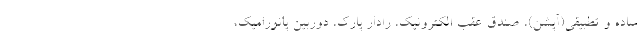
ساده و تطبیقی(آپشن)، صندق عقب الکترونیک، رادار پارک، دوربین پانورامیک،